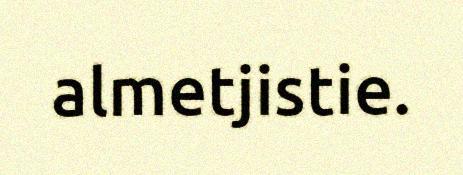
almetjistie.